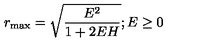
r _ { \mathrm { m a x } } = \sqrt { \frac { E ^ { 2 } } { 1 + 2 E H } } ; E \geq 0